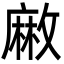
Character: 䵇